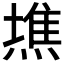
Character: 𤍫